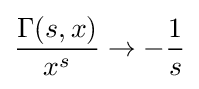
{\frac {\Gamma (s,x)}{x^{s}}}\to -{\frac {1}{s}}